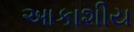
આકાશીય